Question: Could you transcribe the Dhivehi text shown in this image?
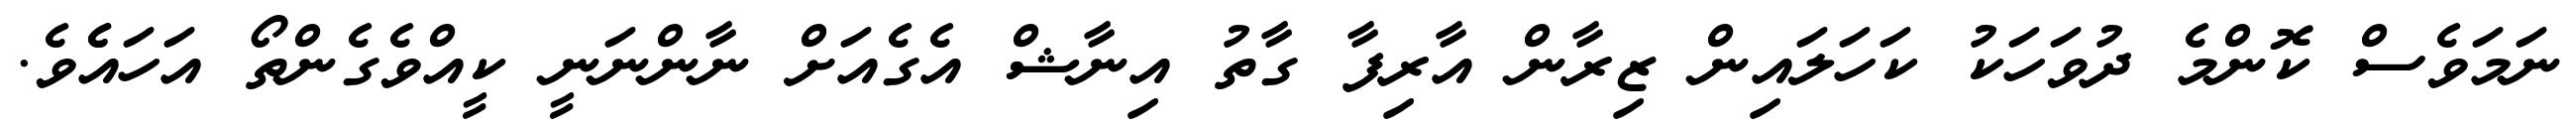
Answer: ނަމަވެސް ކޮންމެ ދުވަހަކު ކަހަލައިން ޒިރާން އާރިފާ ގާތު އިނާޝް އެގެއަށް ނާންނަނީ ކީއްވެގެންތޯ އަހައެެވެ.